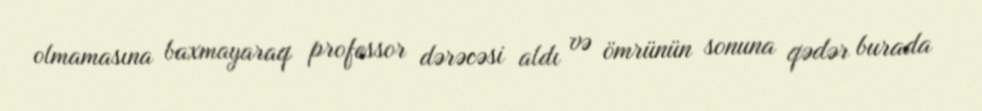
olmamasına baxmayaraq professor dərəcəsi aldı və ömrünün sonuna qədər burada